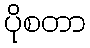
ပိုစတာ